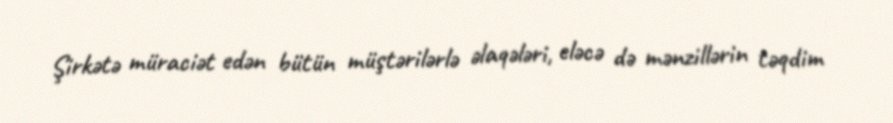
Şirkətə müraciət edən bütün müştərilərlə əlaqələri, eləcə də mənzillərin təqdim